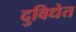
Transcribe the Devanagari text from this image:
दुविधेत